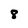
Character: 8